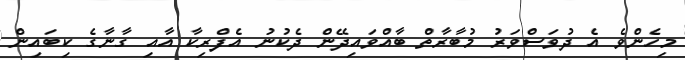
މިހެންވެ އެ ދުވަސްވަރު މުބާރާތް ބާއްވައިދޭން ދެކުނު އެފްރިކާ އާއި ގާނާގެ ކިބައިން